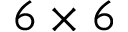
6 \times 6